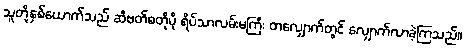
သူတို့နှစ်ယောက်သည် ဆီဗတ်စတိုပို ရိပ်သာလမ်းမကြီး တလျှောက်တွင် လျှောက်လာခဲ့ကြသည်။